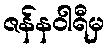
ဇန်နဝါရီမှ